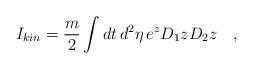
LaTeX: \begin{align*}I_{kin} = {m\over 2} \int dt\, d^2\eta\, e^z D_1 z D_2 z\quad ,\end{align*}